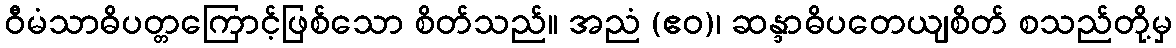
ဝီမံသာဓိပတ္တကြောင့်ဖြစ်သော စိတ်သည်။ အညံ (ဧဝ)၊ ဆန္ဒာဓိပတေယျစိတ် စသည်တို့မှ